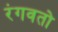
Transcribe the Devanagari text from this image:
रंगवतो